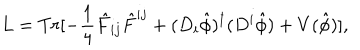
L = T r [ - \frac { 1 } { 4 } { \hat { F } } _ { i j } { \hat { F } } ^ { i j } + ( D _ { i } { \hat { \phi } } ) ^ { \dagger } ( D ^ { i } { \hat { \phi } } ) + V ( \hat { \phi } ) ] ,